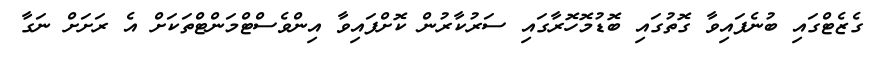
ގެޒެޓްގައި ބުނެފައިވާ ގޮތުގައި ބޮޑުމޮހޮރާގައި ސަރުކާރުން ކޮށްފައިވާ އިންވެސްޓްމަންޓްތަކަށް އެ ރަށަށް ނަގާ